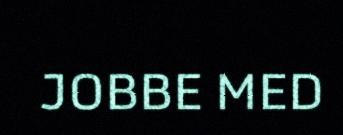
JOBBE MED